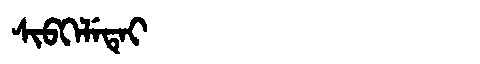
Manchu: ᠰᡳᠪᡴᡝᠯᡝᡨᡝᡳ
Romanization: SIBKELETEI